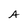
Character: A